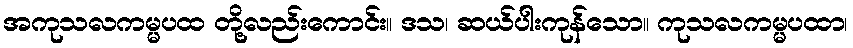
အကုသလကမ္မပထ တို့လည်းကောင်း။ ဒသ၊ ဆယ်ပါးကုန်သော။ ကုသလကမ္မပထာ၊